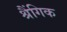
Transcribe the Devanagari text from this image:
श्रैंगिक